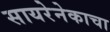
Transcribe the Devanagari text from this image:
सायरेनेकाचा